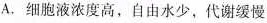
A.细胞液浓度高，自由水少，代谢缓慢